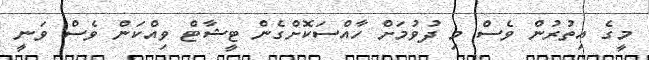
މީގެ އިތުރުން ވެސް މި ދުވުމަށް ހާއްސަކޮށްގެން ޓީޝާޓް ވިއްކަން ވެސް ވަނީ